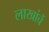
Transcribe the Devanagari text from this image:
लाखांचें